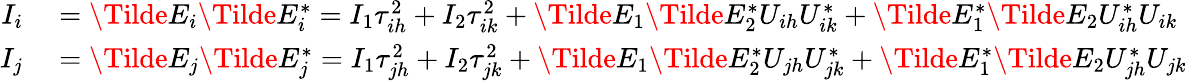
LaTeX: \begin{array}{rl}{I_{i}}&{{}=\Tilde{E}_{i}\Tilde{E}_{i}^{*}=I_{1}\tau_{ih}^{2}+I_{2}\tau_{ik}^{2}+\Tilde{E}_{1}\Tilde{E}_{2}^{*}U_{ih}U_{ik}^{*}+\Tilde{E}_{1}^{*}\Tilde{E}_{2}U_{ih}^{*}U_{ik}}\\ {I_{j}}&{{}=\Tilde{E}_{j}\Tilde{E}_{j}^{*}=I_{1}\tau_{jh}^{2}+I_{2}\tau_{jk}^{2}+\Tilde{E}_{1}\Tilde{E}_{2}^{*}U_{jh}U_{jk}^{*}+\Tilde{E}_{1}^{*}\Tilde{E}_{2}U_{jh}^{*}U_{jk}}\end{array}